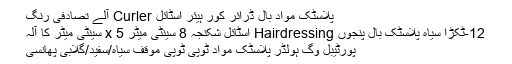
پلاسٹک مواد بال ڈرائر کور ہیئر اسٹائل Curler آلے تصادفی رنگ
12-ٹکڑا سیاہ پلاسٹک بال پنجوں Hairdressing اسٹائل شکنجہ 8 سینٹی میٹر x 5 سینٹی میٹر کا آلہ
پورٹیبل وگ ہولڈر پلاسٹک مواد ٹوپی ٹوپی موقف سیاہ/سفید/گلابی پھانسی